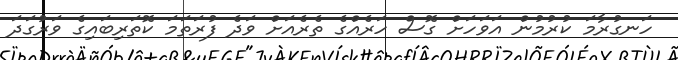
ހަނގުރާމަ ކުރުމުން އަވަހަށް ގޮސް ހަރެއްގެ ތެރެއަށް ވަދެ ފުރަތަމަ ކޮަތަރިބައިގެ ވަރުގަދަ